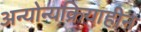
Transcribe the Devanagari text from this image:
अन्योन्यक्रियाहीन